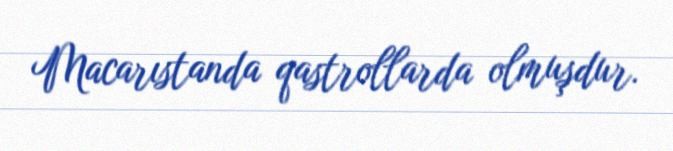
Macarıstanda qastrollarda olmuşdur.